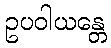
ဥပဝါယန္တေ